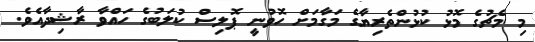
މި މެޗުގެ މޮޅު ކުޅުންތެރިޔާގެ މަގާމަށް ހޮވުނީ ޕޮލިސް ކުލަބުގެ ހައްވާ ރާޝިދާއެވެ.